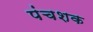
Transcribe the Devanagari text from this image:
पंचशक